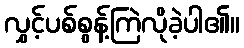
လွှင့်ပစ်စွန့်ကြဲလိုခဲ့ပါ၏။